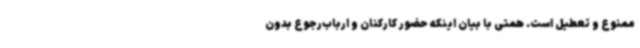
ممنوع و تعطیل است. همتی با بیان اینکه حضور کارکنان و ارباب‌رجوع بدون